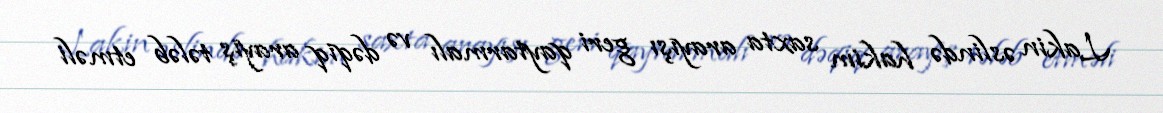
Lakin əslində hakim saxta arayışı geri qaytarmalı və dəqiq arayış tələb etməli